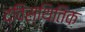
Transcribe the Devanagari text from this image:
द्विस्थितिक